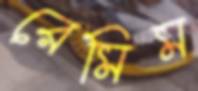
রেমিম